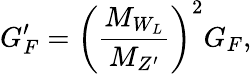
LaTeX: G_{F}^{\prime}=\bigg({\frac{M_{W_{L}}}{M_{Z^{\prime}}}}\bigg)^{2}G_{F},